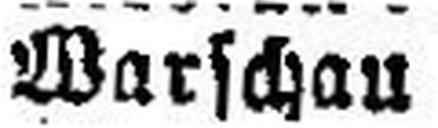
Warschau